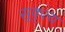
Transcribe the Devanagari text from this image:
सुकृत्य